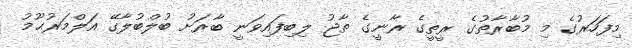
މިފަހަރުގެ މި މުބާރާތުގެ ރީތީގެ ރާނީގެ ތާޖު ލިބިފައިވަނީ ބާރަށު ބުލްބުލާގޭ އަލްމަރުޙޫމު